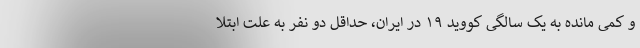
و کمی مانده به یک سالگی کووید ۱۹ در ایران، حداقل دو نفر به علت ابتلا